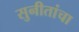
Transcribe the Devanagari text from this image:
सुनीतांचा